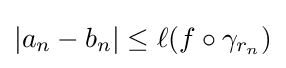
|a_{n}-b_{n}|\leq \ell (f\circ \gamma _{r_{n}})